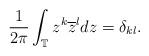
LaTeX: \begin{align*}\frac{1}{2\pi}\int_{\mathbb{T}} z^{k} \overline{z}^l dz = \delta_{kl}.\end{align*}